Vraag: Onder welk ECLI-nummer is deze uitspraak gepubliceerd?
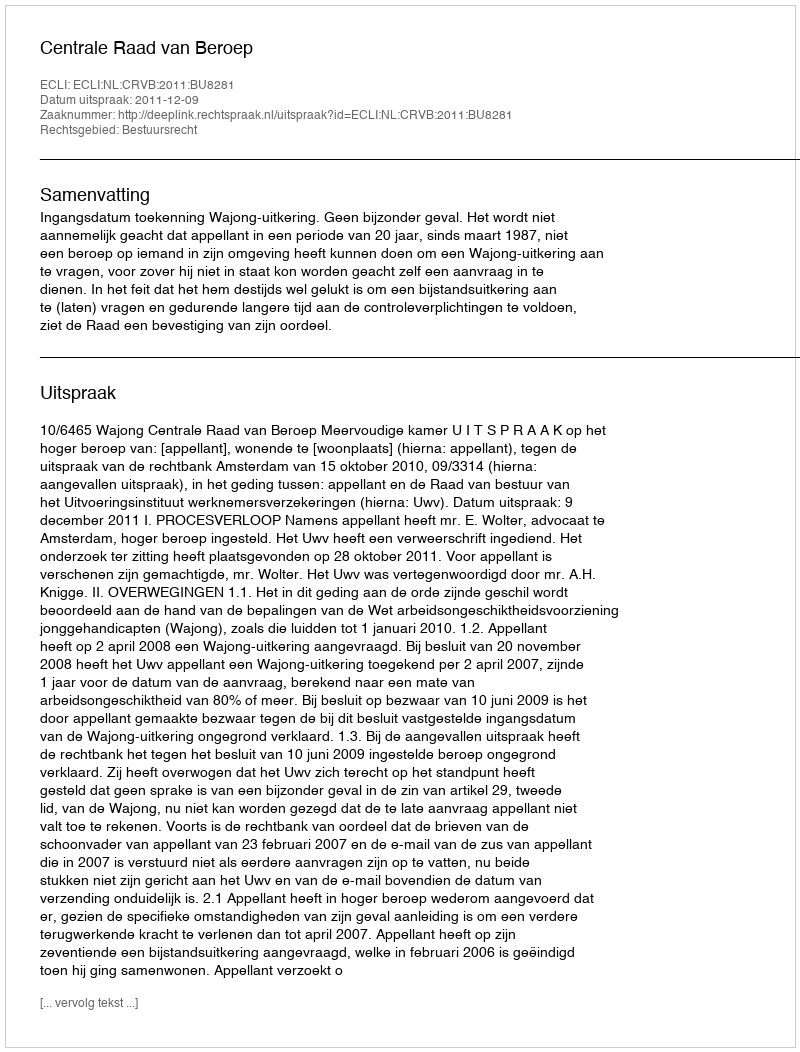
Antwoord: ECLI:NL:CRVB:2011:BU8281